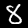
Digit: 8